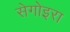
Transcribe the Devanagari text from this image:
सेगोइरा